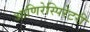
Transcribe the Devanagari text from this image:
आणिरेस्पिरेटरी